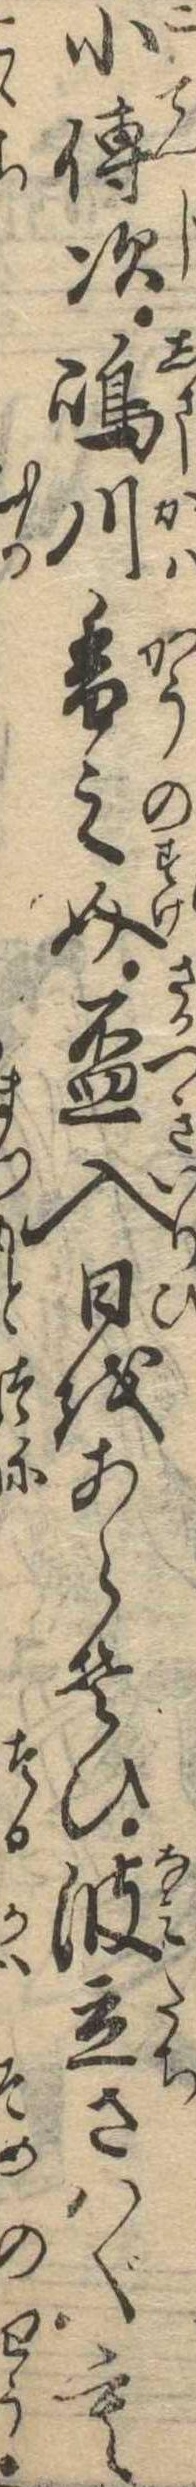
小伝次島川香之介杯入日をあらそひ波立さはぐも